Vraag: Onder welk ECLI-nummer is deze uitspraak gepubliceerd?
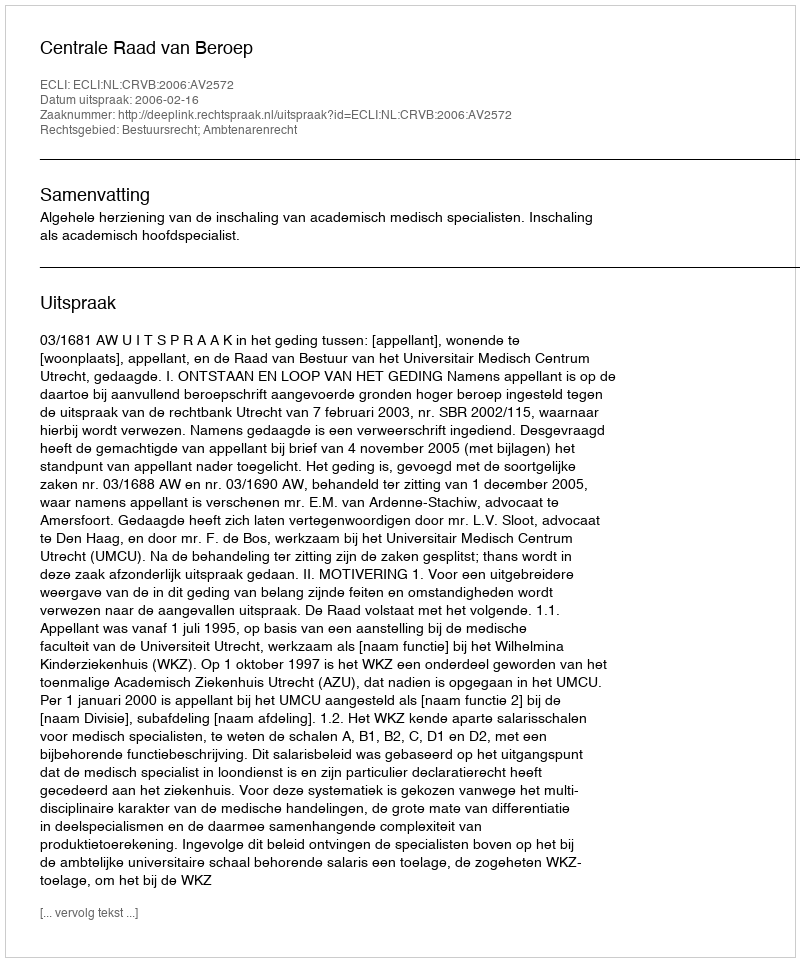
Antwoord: ECLI:NL:CRVB:2006:AV2572